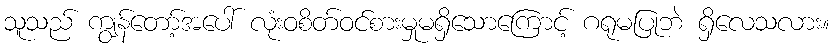
သူသည် ကျွန်တော့်အပေါ် လုံးဝစိတ်ဝင်စားမှုမရှိသောကြောင့် ဂရုမပြုဘဲ ရှိလေသလား။